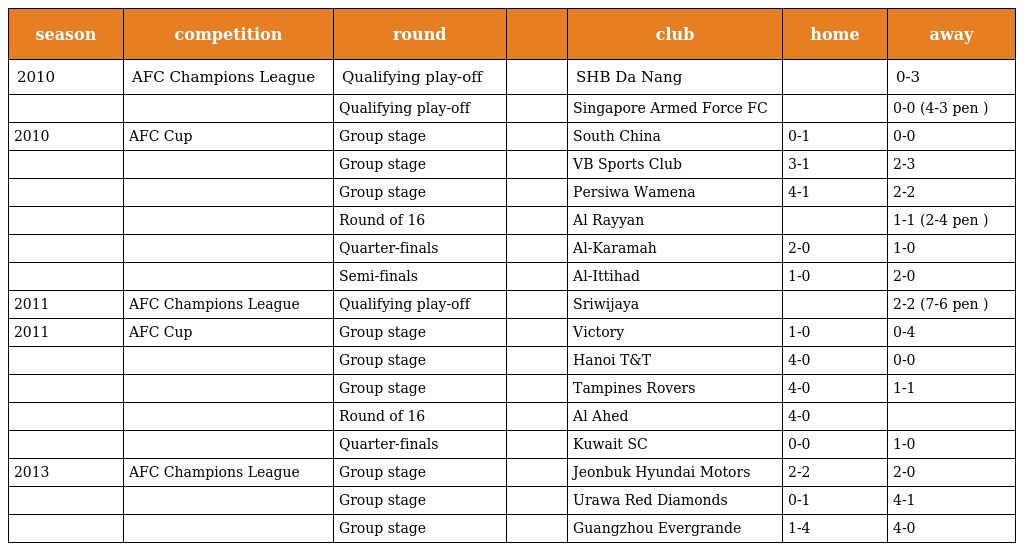
| season | competition | round |  | club | home | away |
 | --- | --- | --- | --- | --- | --- | --- |
 | 2010 | AFC Champions League | Qualifying play-off |  | SHB Da Nang |  | 0-3 |
 |  |  | Qualifying play-off |  | Singapore Armed Force FC |  | 0-0 (4-3 pen ) |
 | 2010 | AFC Cup | Group stage |  | South China | 0-1 | 0-0 |
 |  |  | Group stage |  | VB Sports Club | 3-1 | 2-3 |
 |  |  | Group stage |  | Persiwa Wamena | 4-1 | 2-2 |
 |  |  | Round of 16 |  | Al Rayyan |  | 1-1 (2-4 pen ) |
 |  |  | Quarter-finals |  | Al-Karamah | 2-0 | 1-0 |
 |  |  | Semi-finals |  | Al-Ittihad | 1-0 | 2-0 |
 | 2011 | AFC Champions League | Qualifying play-off |  | Sriwijaya |  | 2-2 (7-6 pen ) |
 | 2011 | AFC Cup | Group stage |  | Victory | 1-0 | 0-4 |
 |  |  | Group stage |  | Hanoi T&T | 4-0 | 0-0 |
 |  |  | Group stage |  | Tampines Rovers | 4-0 | 1-1 |
 |  |  | Round of 16 |  | Al Ahed | 4-0 |  |
 |  |  | Quarter-finals |  | Kuwait SC | 0-0 | 1-0 |
 | 2013 | AFC Champions League | Group stage |  | Jeonbuk Hyundai Motors | 2-2 | 2-0 |
 |  |  | Group stage |  | Urawa Red Diamonds | 0-1 | 4-1 |
 |  |  | Group stage |  | Guangzhou Evergrande | 1-4 | 4-0 |